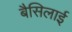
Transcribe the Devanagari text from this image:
बैसिलाई